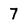
Character: 7